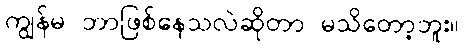
ကျွန်မ ဘာဖြစ်နေသလဲဆိုတာ မသိတော့ဘူး။